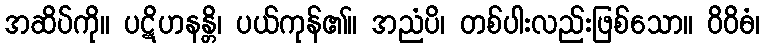
အဆိပ်ကို။ ပဋိဟနန္တိ၊ ပယ်ကုန်၏။ အညံပိ၊ တစ်ပါးလည်းဖြစ်သော။ ဝိဝိဓံ၊